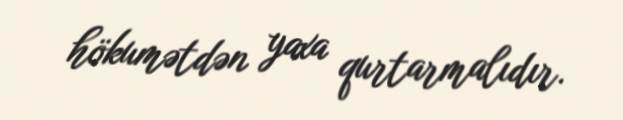
hökumətdən yaxa qurtarmalıdır.